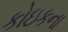
કોઇકના